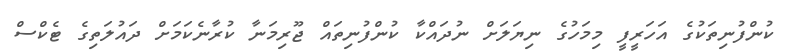
ކުންފުނިތަކުގެ އަހަރީފީ މިމަހުގެ ނިޔަލަށް ނުދައްކާ ކުންފުނިތައް ޖޫރިމަނާ ކުރާނެކަމަށް ދައުލަތިގެ ޓެކްސް